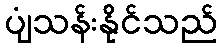
ပျံသန်းနိုင်သည်